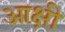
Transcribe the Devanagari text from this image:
आक्षी